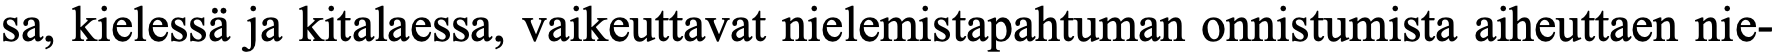
sa, kielessä ja kitalaessa, vaikeuttavat nielemistapahtuman onnistumista aiheuttaen nie-